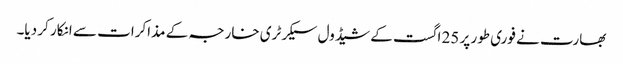
بھارت نے فوری طور پر 25 اگست کے شیڈول سیکرٹری خارجہ کے مذاکرات سے انکار کر دیا۔